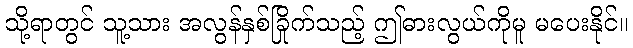
သို့ရာတွင် သူ့သား အလွန်နှစ်ခြိုက်သည့် ဤဓားလွယ်ကိုမူ မပေးနိုင်။